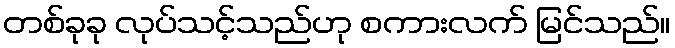
တစ်ခုခု လုပ်သင့်သည်ဟု စကားလက် မြင်သည်။